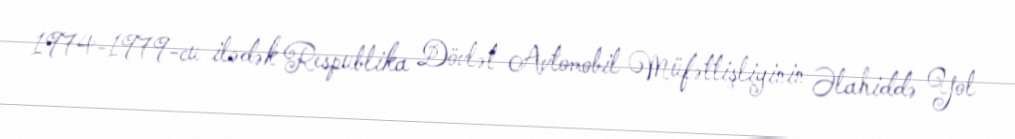
1974-1979-cu ilədək Respublika Dövlət Avtomobil Müfəttişliyinin Əlahiddə Yol